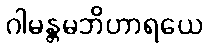
ဂါမန္တမဘိဟာရယေ